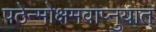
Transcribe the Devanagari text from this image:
पठेन्मोक्षमवाप्नुयात्